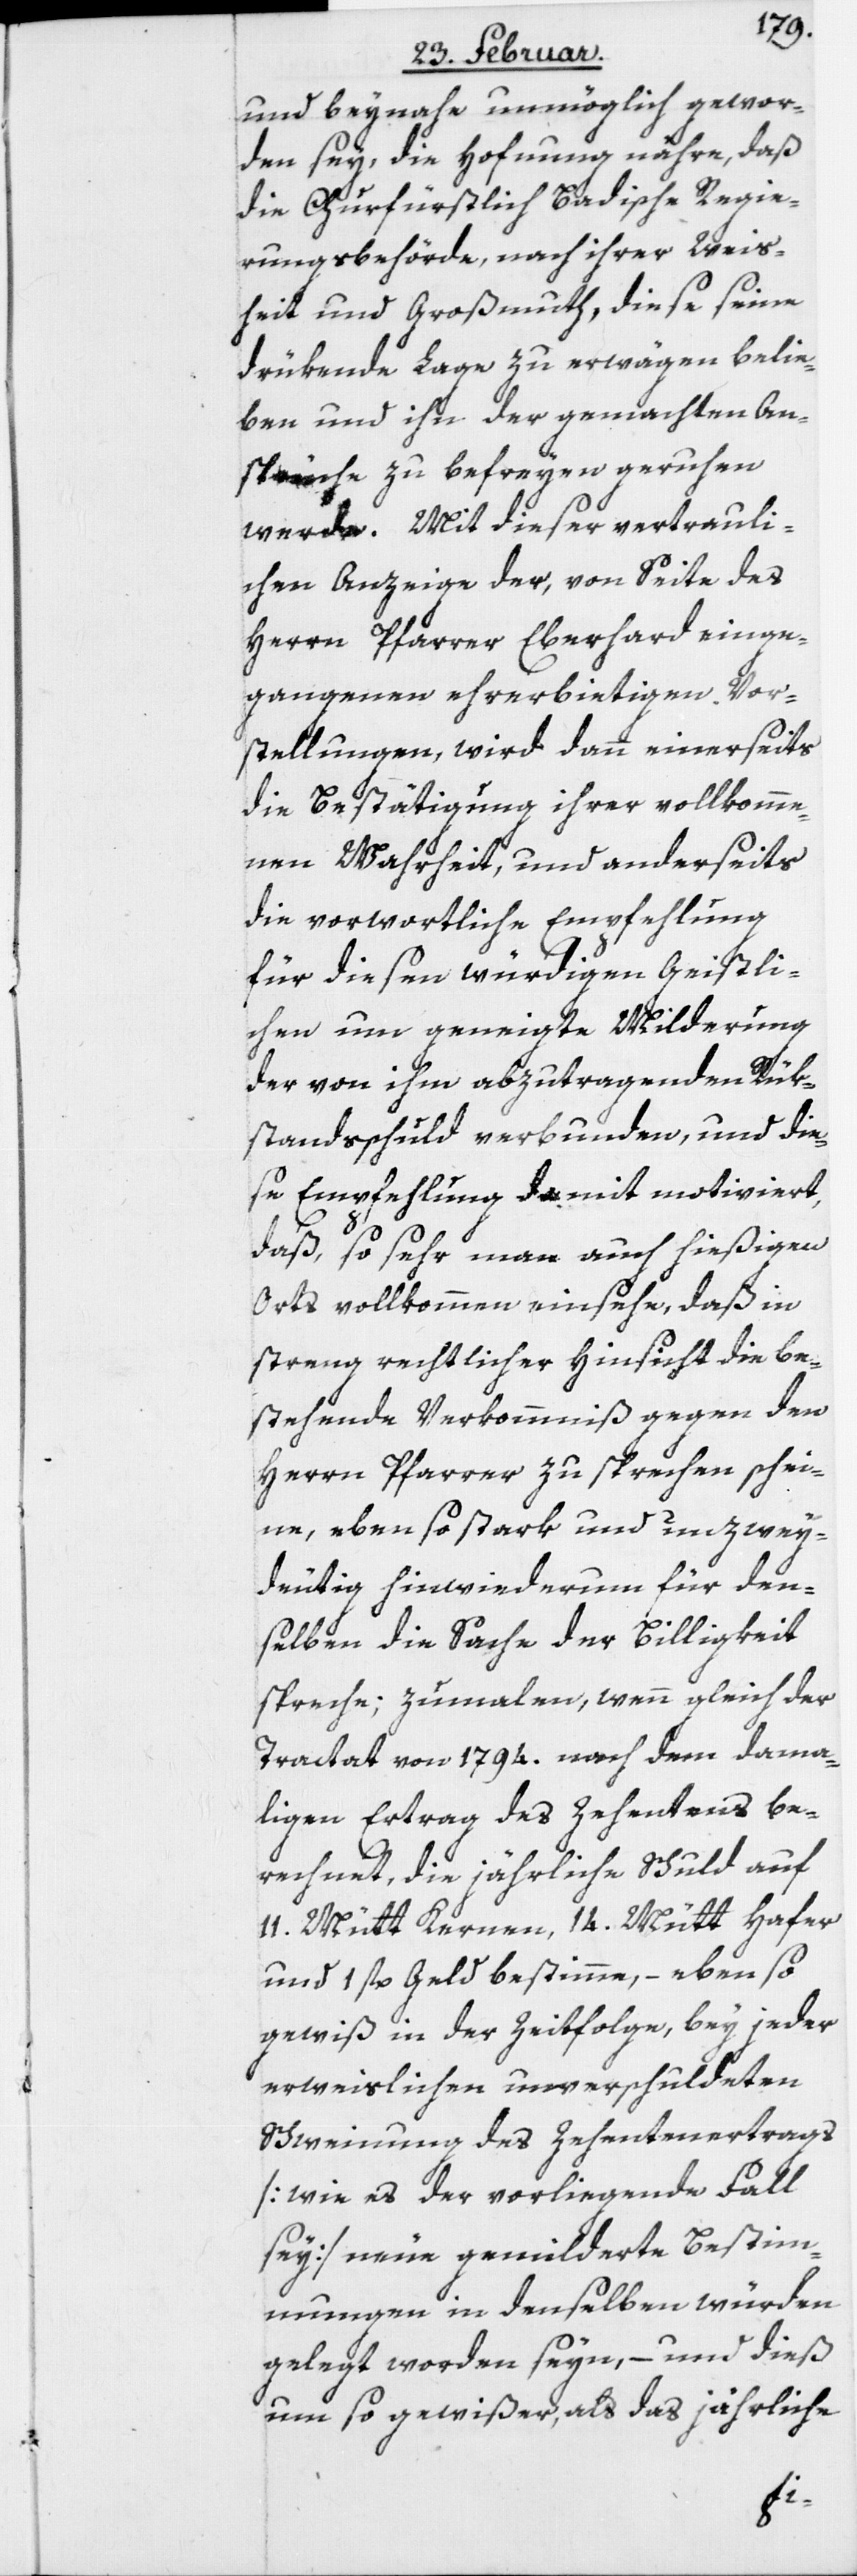
und beynahe unmöglich gewor¬
den sey, die Hoffnung nähre, daß
die Churfürstlich Badische Regie¬
rungsbehörde, nach ihrer Weis¬
heit und Großmuth, diese seine
drükende Lage zu erwägen belie¬
ben und ihn der gemachten An¬
sprüche zu befreyen geruhen
werde. Mit dieser vertrauli¬
chen Anzeige der, von Seite des
Herrn Pfarrer Eberhard einge¬
gangenen ehrerbietigen Vor¬
stellungen, wird dann einerseits
die Bestätigung ihrer vollkomme¬
nen Wahrheit, und anderseits
die vorwortliche Empfehlung
für diesen würdigen Geistli¬
chen um geneigte Milderung
der von ihm abzutragenden Rük¬
standsschuld verbunden, und die¬
se Empfehlung damit motiviert,
daß, so sehr man auch hießigen
Orts vollkommen einsehe, daß in
streng rechtlicher Hinsicht die be¬
stehende Verkommniß gegen den
Herrn Pfarrer zu sprechen schei¬
ne, eben so stark und unzwey¬
deutig hinwiederum für den¬
selben die Sache der Billigkeit
spreche; zumalen, wenn gleich der
Tractat von 1794. nach dem dama¬
ligen Ertrag des Zehentens be¬
rechnet, die jährliche Schuld auf
11. Mütt Kernen, 14. Mütt Hafer
und 1 fl. Geld bestimme, – eben so
gewiß in der Zeitfolge, bey jeder
erweislichen unverschuldeten
Schweinung des Zehentenertrags
[wie es der vorliegende Fall
sey] neue gemilderte Bestim¬
mungen in denselben würden
gelegt worden seyn, – und dieß
um so gewißer, als das jährliche